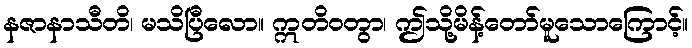
နဇာနာသီတိ၊ မသိပြီလော။ ဣတိဝတွာ၊ ဤသို့မိန့်တော်မူသောကြောင့်။